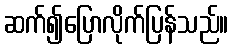
ဆက်၍ပြောလိုက်ပြန်သည်။